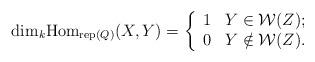
LaTeX: \begin{align*}{\rm dim}_{k}{\rm Hom}_{{\rm rep}(Q)}(X,Y)=\left\{\begin{array}{ll}1 &\mbox{$Y\in \mathcal{W}(Z);$}\\0 &\mbox{$Y\notin \mathcal{W}(Z).$}\end{array}\right.\end{align*}